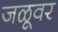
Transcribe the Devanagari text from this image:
जळूवर